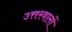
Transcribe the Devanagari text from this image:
उत्तरवालों